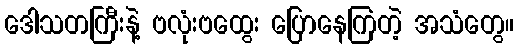
ဒေါသတကြီးနဲ့ ဗလုံးဗထွေး ပြောနေကြတဲ့ အသံတွေ။